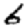
Digit: 6